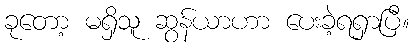
ခုတော့ မရှိသူ ဆွန်ယာဟာ ပေးခဲ့ရရှာပြီ။